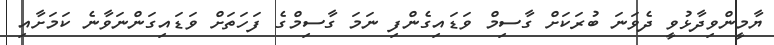
ޔާމީންވިދާޅުވީ ދެވަނަ ބުރަކަށް ގާސިމް ވަޑައިގެންފި ނަމަ ގާސިމްގެ ފަހަތަށް ވަޑައިގަންނަވާނެ ކަމަށާއި